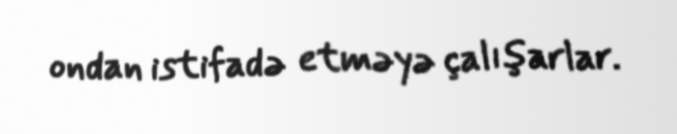
ondan istifadə etməyə çalışarlar.